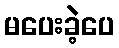
မပေးခဲ့ပေ